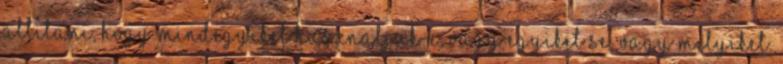
allitani, hogy mindegyiket hasznaljuk-e, vagy egyiket se, vagy melyiket.